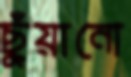
ছুঁয়ানো